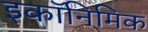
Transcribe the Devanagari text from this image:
इकॉनिमिक